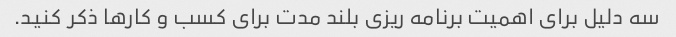
سه دلیل برای اهمیت برنامه ریزی بلند مدت برای کسب و کارها ذکر کنید.